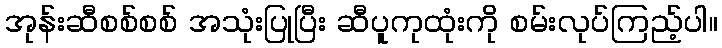
အုန်းဆီစစ်စစ် အသုံးပြုပြီး ဆီပူကုထုံးကို စမ်းလုပ်ကြည့်ပါ။